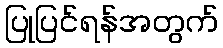
ပြုပြင်ရန်အတွက်